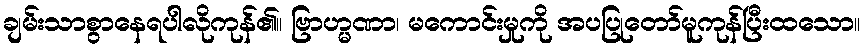
ချမ်းသာစွာနေရပါလိုကုန်၏။ ဗြာဟ္မဏာ၊ မကောင်းမှုကို အပပြုတော်မူကုန်ပြီးထသော။